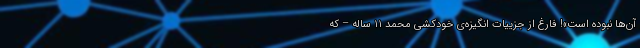
آن‌ها نبوده است»! فارغ از جزییات انگیزه‌ی خودکشی محمد ۱۱ ساله – که